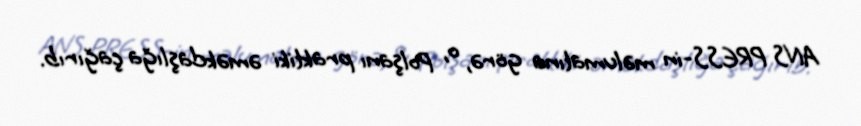
ANS PRESS-in məlumatına görə, o, Polşanı praktiki əməkdaşlığa çağırıb.